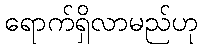
ရောက်ရှိလာမည်ဟု